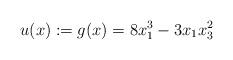
LaTeX: \begin{align*}u(x) := g(x) = 8 x_1^3 -3 x_1 x_3^2\end{align*}